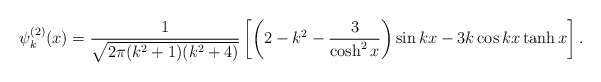
\begin{align*}\psi^{(2)}_{k} (x) = \frac{1}{\sqrt{2 \pi (k^{2}+1)(k^{2}+4)}}\left[ \left( 2-k^{2} - \frac{3}{\cosh^{2} x} \right) \sin kx - 3k \cos kx \tanh x \right]. \end{align*}